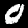
Digit: 0